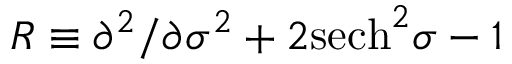
{ \cal R } \equiv \partial ^ { 2 } / \partial \sigma ^ { 2 } + 2 \mathrm { s e c h } ^ { 2 } \sigma - 1